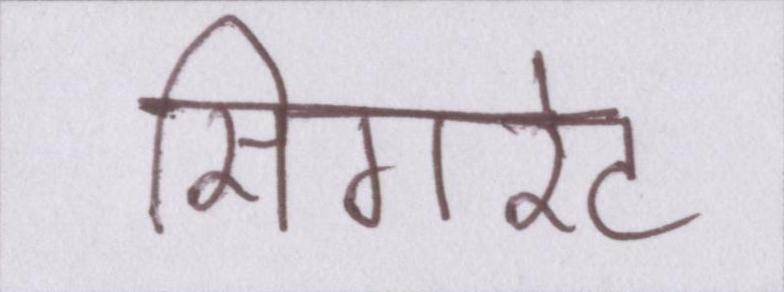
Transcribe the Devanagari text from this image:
सिगरेट